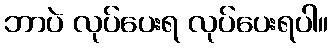
ဘာပဲ လုပ်ပေးရ လုပ်ပေးရပါ။